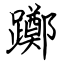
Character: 躑